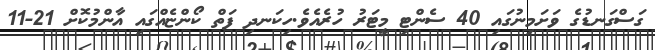
ގަސްގަނޑުގެ ވަށަމިނުގައި 40 ސެންޓި މީޓަރު ހުރެއެވެ.ހިކަނދި ފަތް ކޯންޏެއްގައި އާންމުކޮށް 21-11